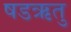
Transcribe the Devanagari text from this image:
षडऋतु